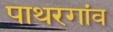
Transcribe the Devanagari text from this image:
पाथरगांव